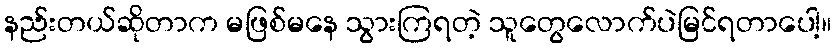
နည်းတယ်ဆိုတာက မဖြစ်မနေ သွားကြရတဲ့ သူတွေလောက်ပဲမြင်ရတာပေါ့။